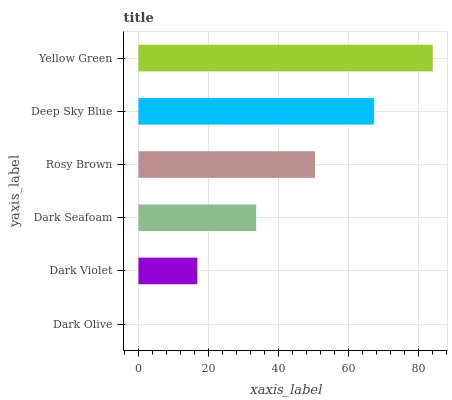
| yaxis_label | bars |
 | --- | --- |
 | Dark Olive | 0 |
 | Dark Violet | 16.8 |
 | Dark Seafoam | 33.6 |
 | Rosy Brown | 50.4 |
 | Deep Sky Blue | 67.2 |
 | Yellow Green | 84 |